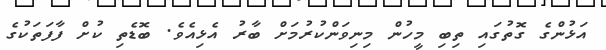
އަޅުންގެ ގޮތުގައި ތިބި މީހުން މިނިވަންކުރުމަށް ބާރު އެޅިއެވެ. ބޮޑެތި ކުށް ފާފަތަކުގެ